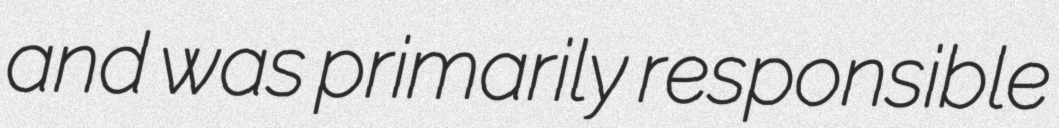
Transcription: and was primarily responsible